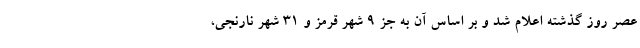
عصر روز گذشته اعلام شد و بر اساس آن به جز ۹ شهر قرمز و ۳۱ شهر نارنجی،